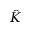
\hat { K }